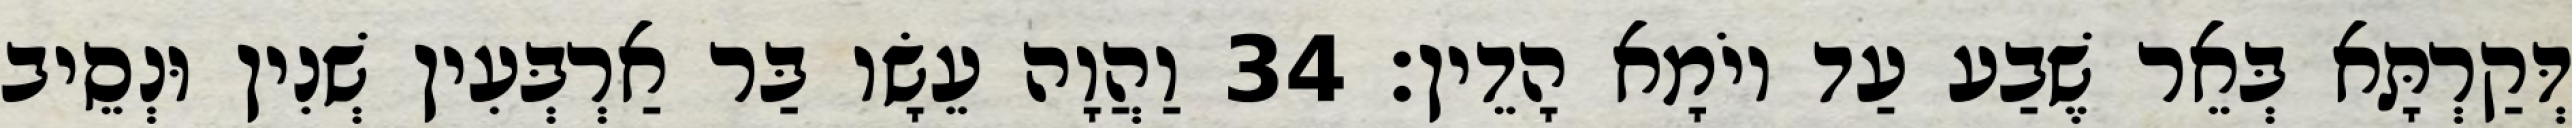
דְּקַרְתָּא בְּאֵר שֶׁבַע עַד יוֹמָא הָדֵין׃ 34 וַהֲוָה עֵשָׂו בַּר אַרְבְּעִין שְׁנִין וּנְסֵיב